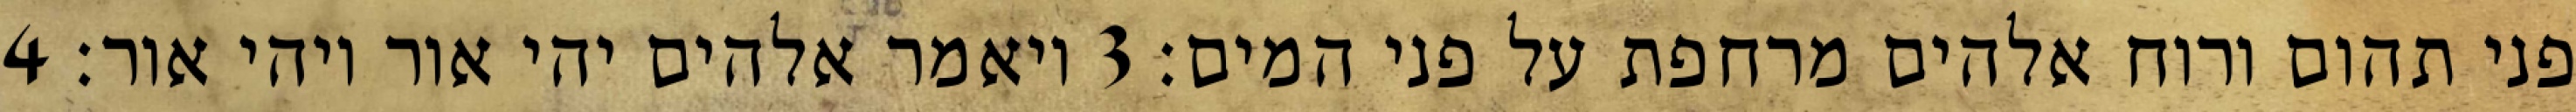
פני תהום ורוח אלהים מרחפת על פני המים׃ ‎3‏ ויאמר אלהים יהי אור ויהי אור׃ ‎4‏